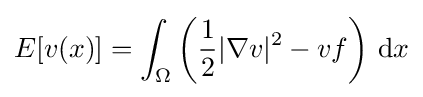
E[v(x)]=\int _{\Omega }\left({\frac {1}{2}}|\nabla v|^{2}-vf\right)\,\mathrm {d} x